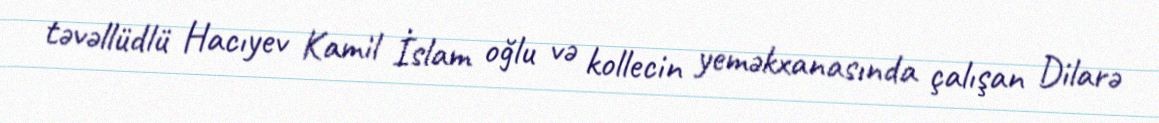
təvəllüdlü Hacıyev Kamil İslam oğlu və kollecin yeməkxanasında çalışan Dilarə